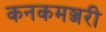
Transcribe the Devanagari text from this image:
कनकमञ्जरी